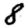
Digit: 8